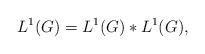
LaTeX: \begin{align*}L^{1}(G)= L^{1}(G)\ast L^{1}(G),\end{align*}